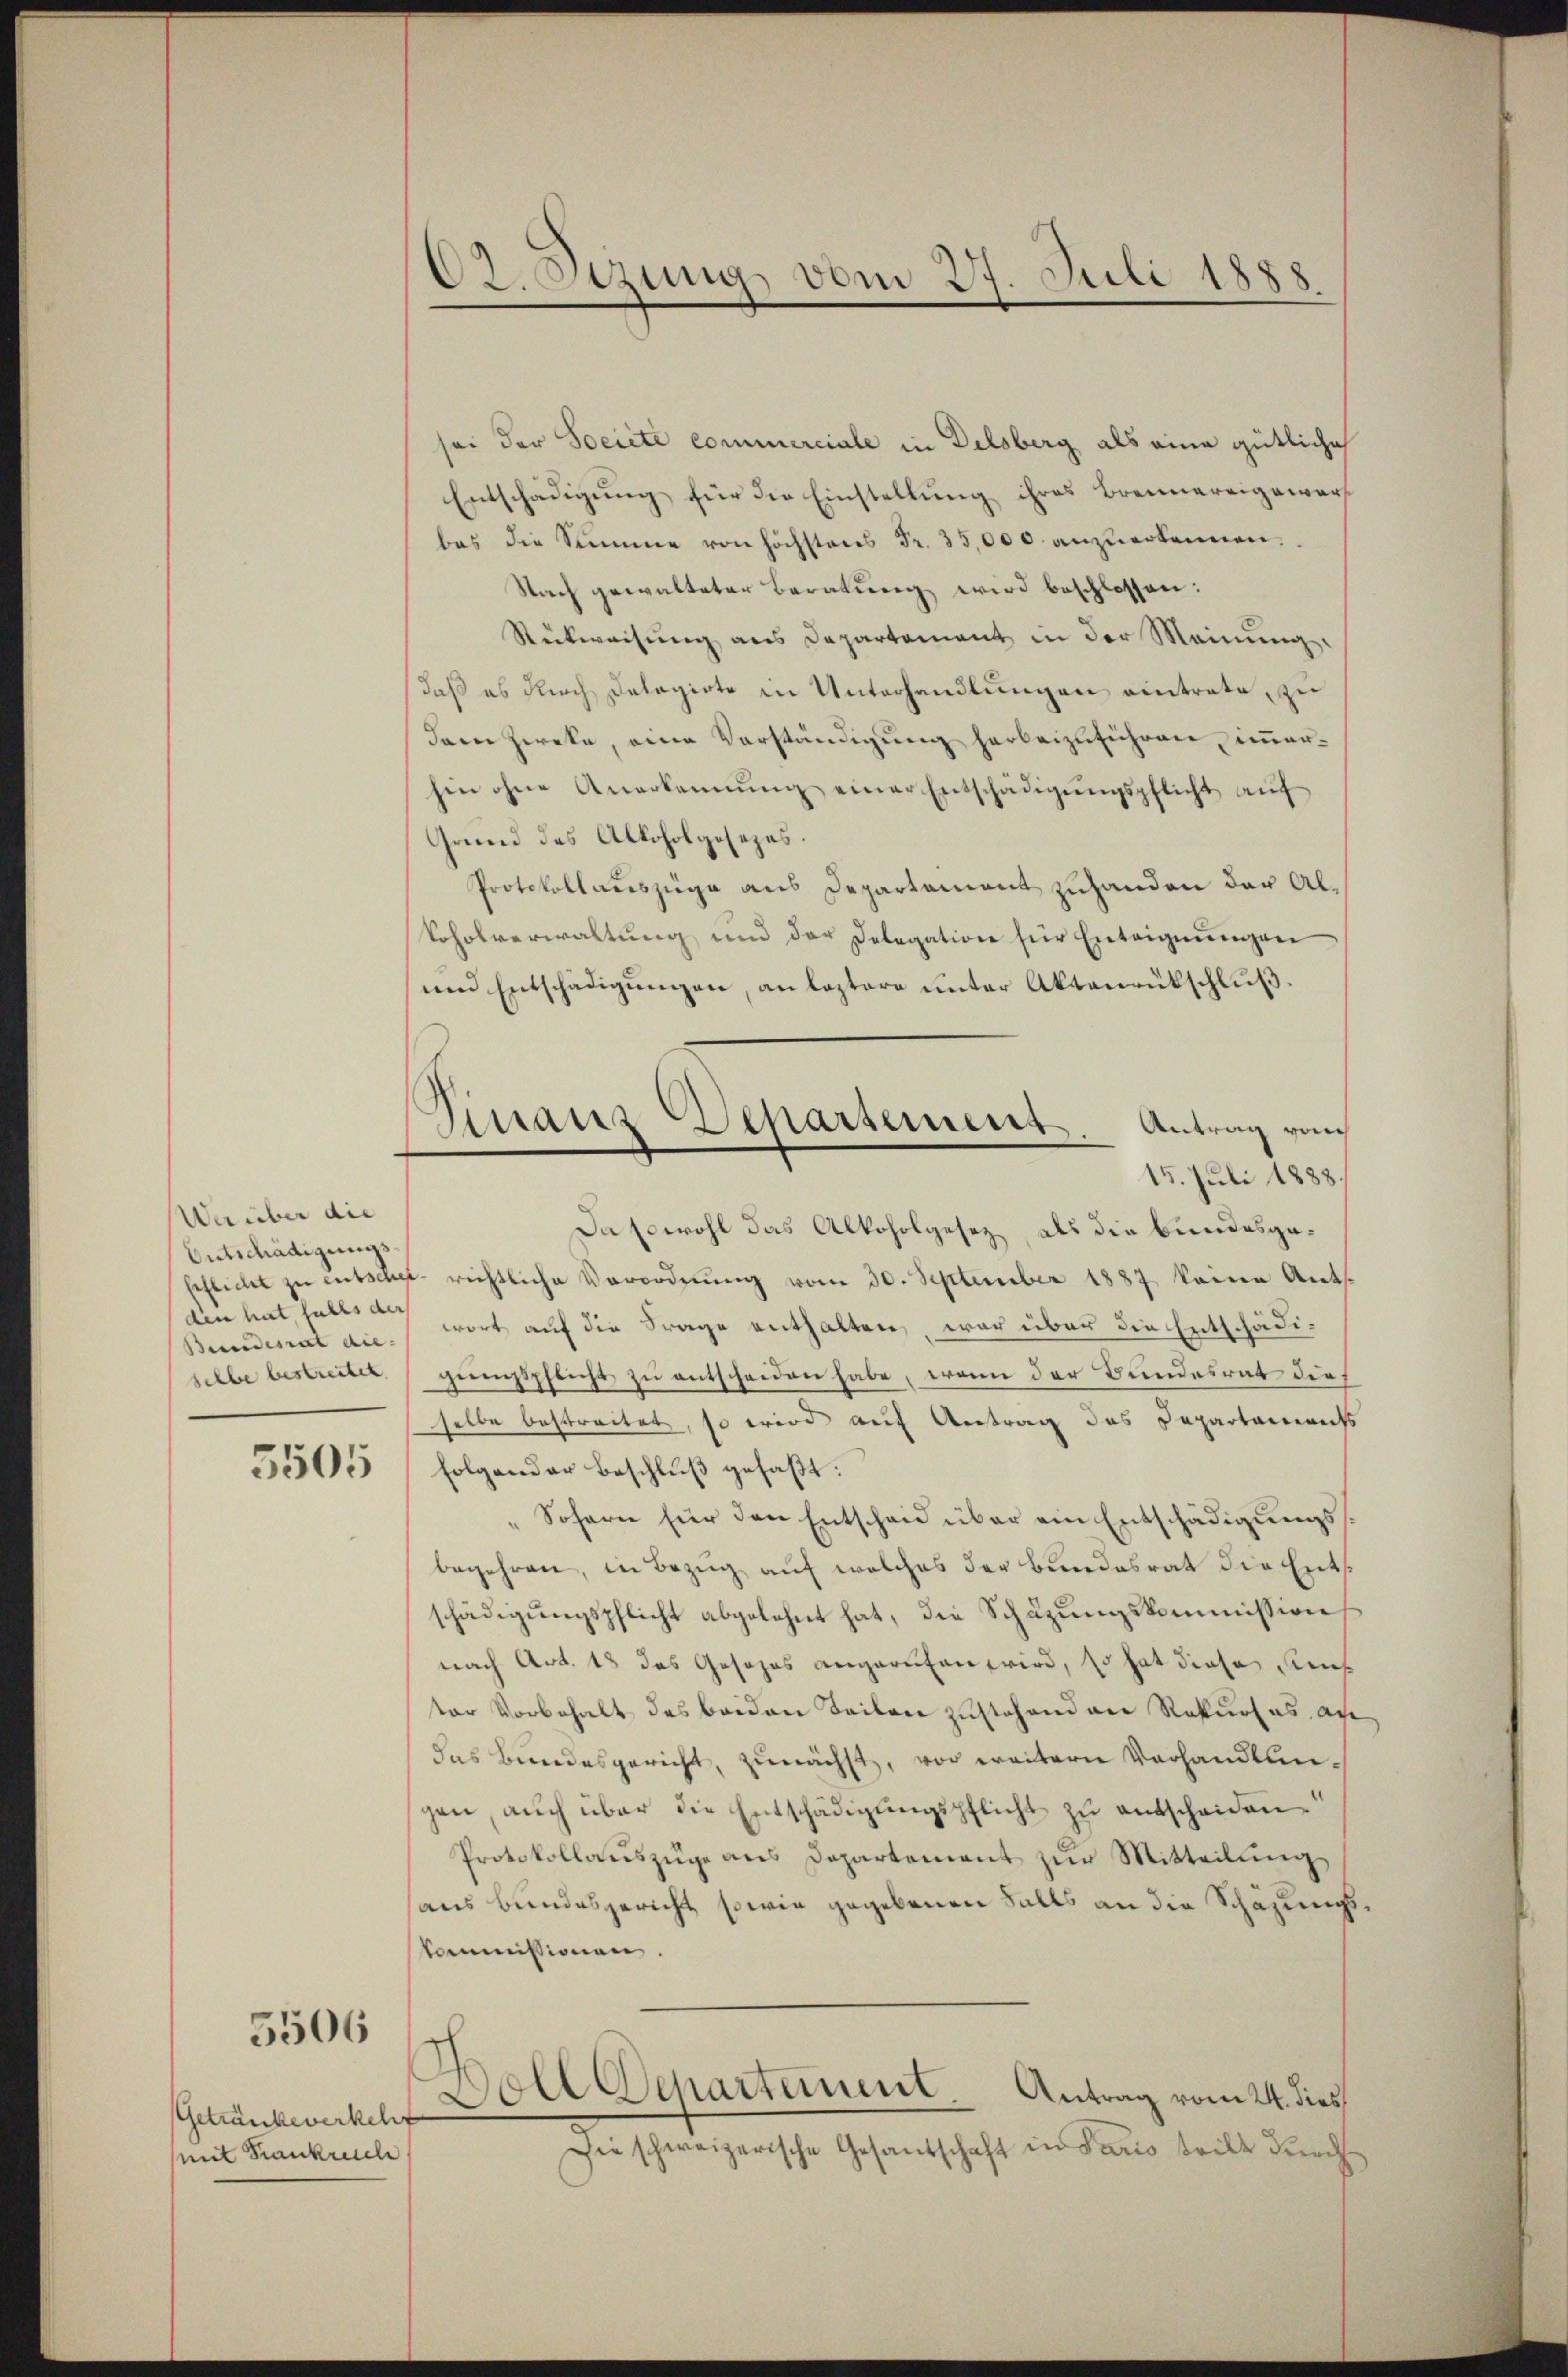
Werüber die
Entschädigungsden hat, falls der
Bundesrat die
selbe bestreutet
5505

5506

Getränkeverkehrt
Mit Krankreich

CZ. Sitzung vom 27. Juli 1888

sei der Société commerciale in Delsberg als eine gütliche
Entschädigung für die Einstellung ihres Brennereigewart
bas die Summe von höchstens Fr. 35,000 anzuerkennen,
Nach gewalteter Beratung wird beschlossen:
Rückweisung aus Departement in der Meinung.
daß es sich Delegirte in Unterhandlungen eintrate, zu
dem Zweke, eine Verständigung herbeizuführen, immerhin ohne Anerkennung einer Entschädigŭngspflicht aŭf
Grund des Alkoholgesezes
Protokollauszüge aus Departement zuhanden der Al¬
Soholverwaltung und der Delegation für Enteignungen
und Entschädigungen, an leztere unter Aktenrütschluß
Daswohl das Alkoholgesez, als die bundesgesehlicht zŭ entscher richtliche Verordnŭng vom 30. September 1887 keine Ant.
wort auf die Frage enthalten, war über die Entschädigunngspflicht zu entscheiden habe, wenn der Bundesrat die
selbe bestreitet, so wird auf Antrag des Separtaments
folgender Beschluß gefaßt:
„Sofern für den Entscheid über ein Entschädigungsbegehren, in Bezug auf welches der Bundesrat die Entsschädigungspflicht abgelehnt hat, die Schäzungskommission
nach Art. 13 das Gesezes angerufen wird, so hat diese Reus
ter Vorbehalt des beiden Teilen zustehend an Rekurses an
das Bundesgericht, zunächst, vor weitern Verhandlungen, aŭch über die Entschädigŭngspflicht zŭ entscheiden
Protokollauszüge ans Departement zur Mitteilung,
haus bundesgericht sowie gegebenen Falls an die Schazungsskommissionen
Doll Departement. Antrag vom 24. dies
Die schweizerische Gesandschaft in Paris tritt durch

Finanz Departement. Antrag von
15. Juli 1888.